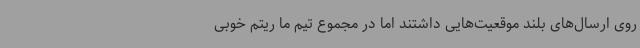
روی ارسال‌های بلند موقعیت‌هایی داشتند اما در مجموع تیم ما ریتم خوبی